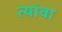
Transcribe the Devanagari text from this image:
त्यांवा